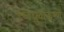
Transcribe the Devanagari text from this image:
उच्चध्रुवीकरण